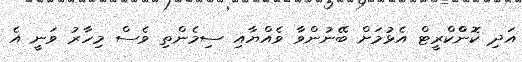
އަދި ކޮންްކްރީޓް އެޅުމަށް ބޭނުންވާ ވެއްޔާއި ސިމެންތި ވެސް މިހާރު ވަނީ އެ